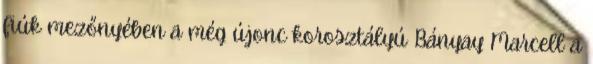
fiúk mezőnyében a még újonc korosztályú Bányay Marcell a